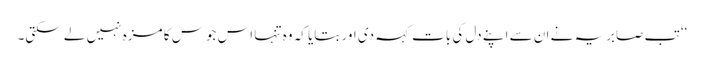
‘‘ تب صابریہ نے ان سے اپنے دل کی بات کہہ دی اور بتایا کہ وہ تنہا اس جوس کا مزہ نہیں لے سکتی۔